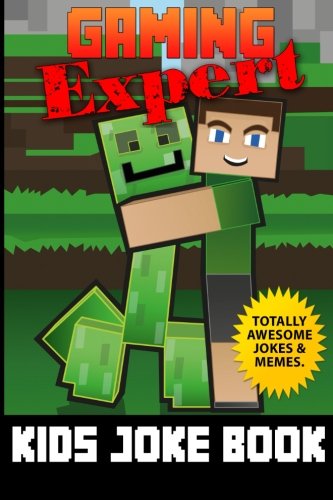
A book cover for Kids Joke Book (Gaming Expert) (Volume 1); Terry Mayer; Children's Books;